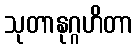
သုတာနုဂ္ဂဟိတာ